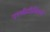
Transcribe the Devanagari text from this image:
एस्थीटीशियन